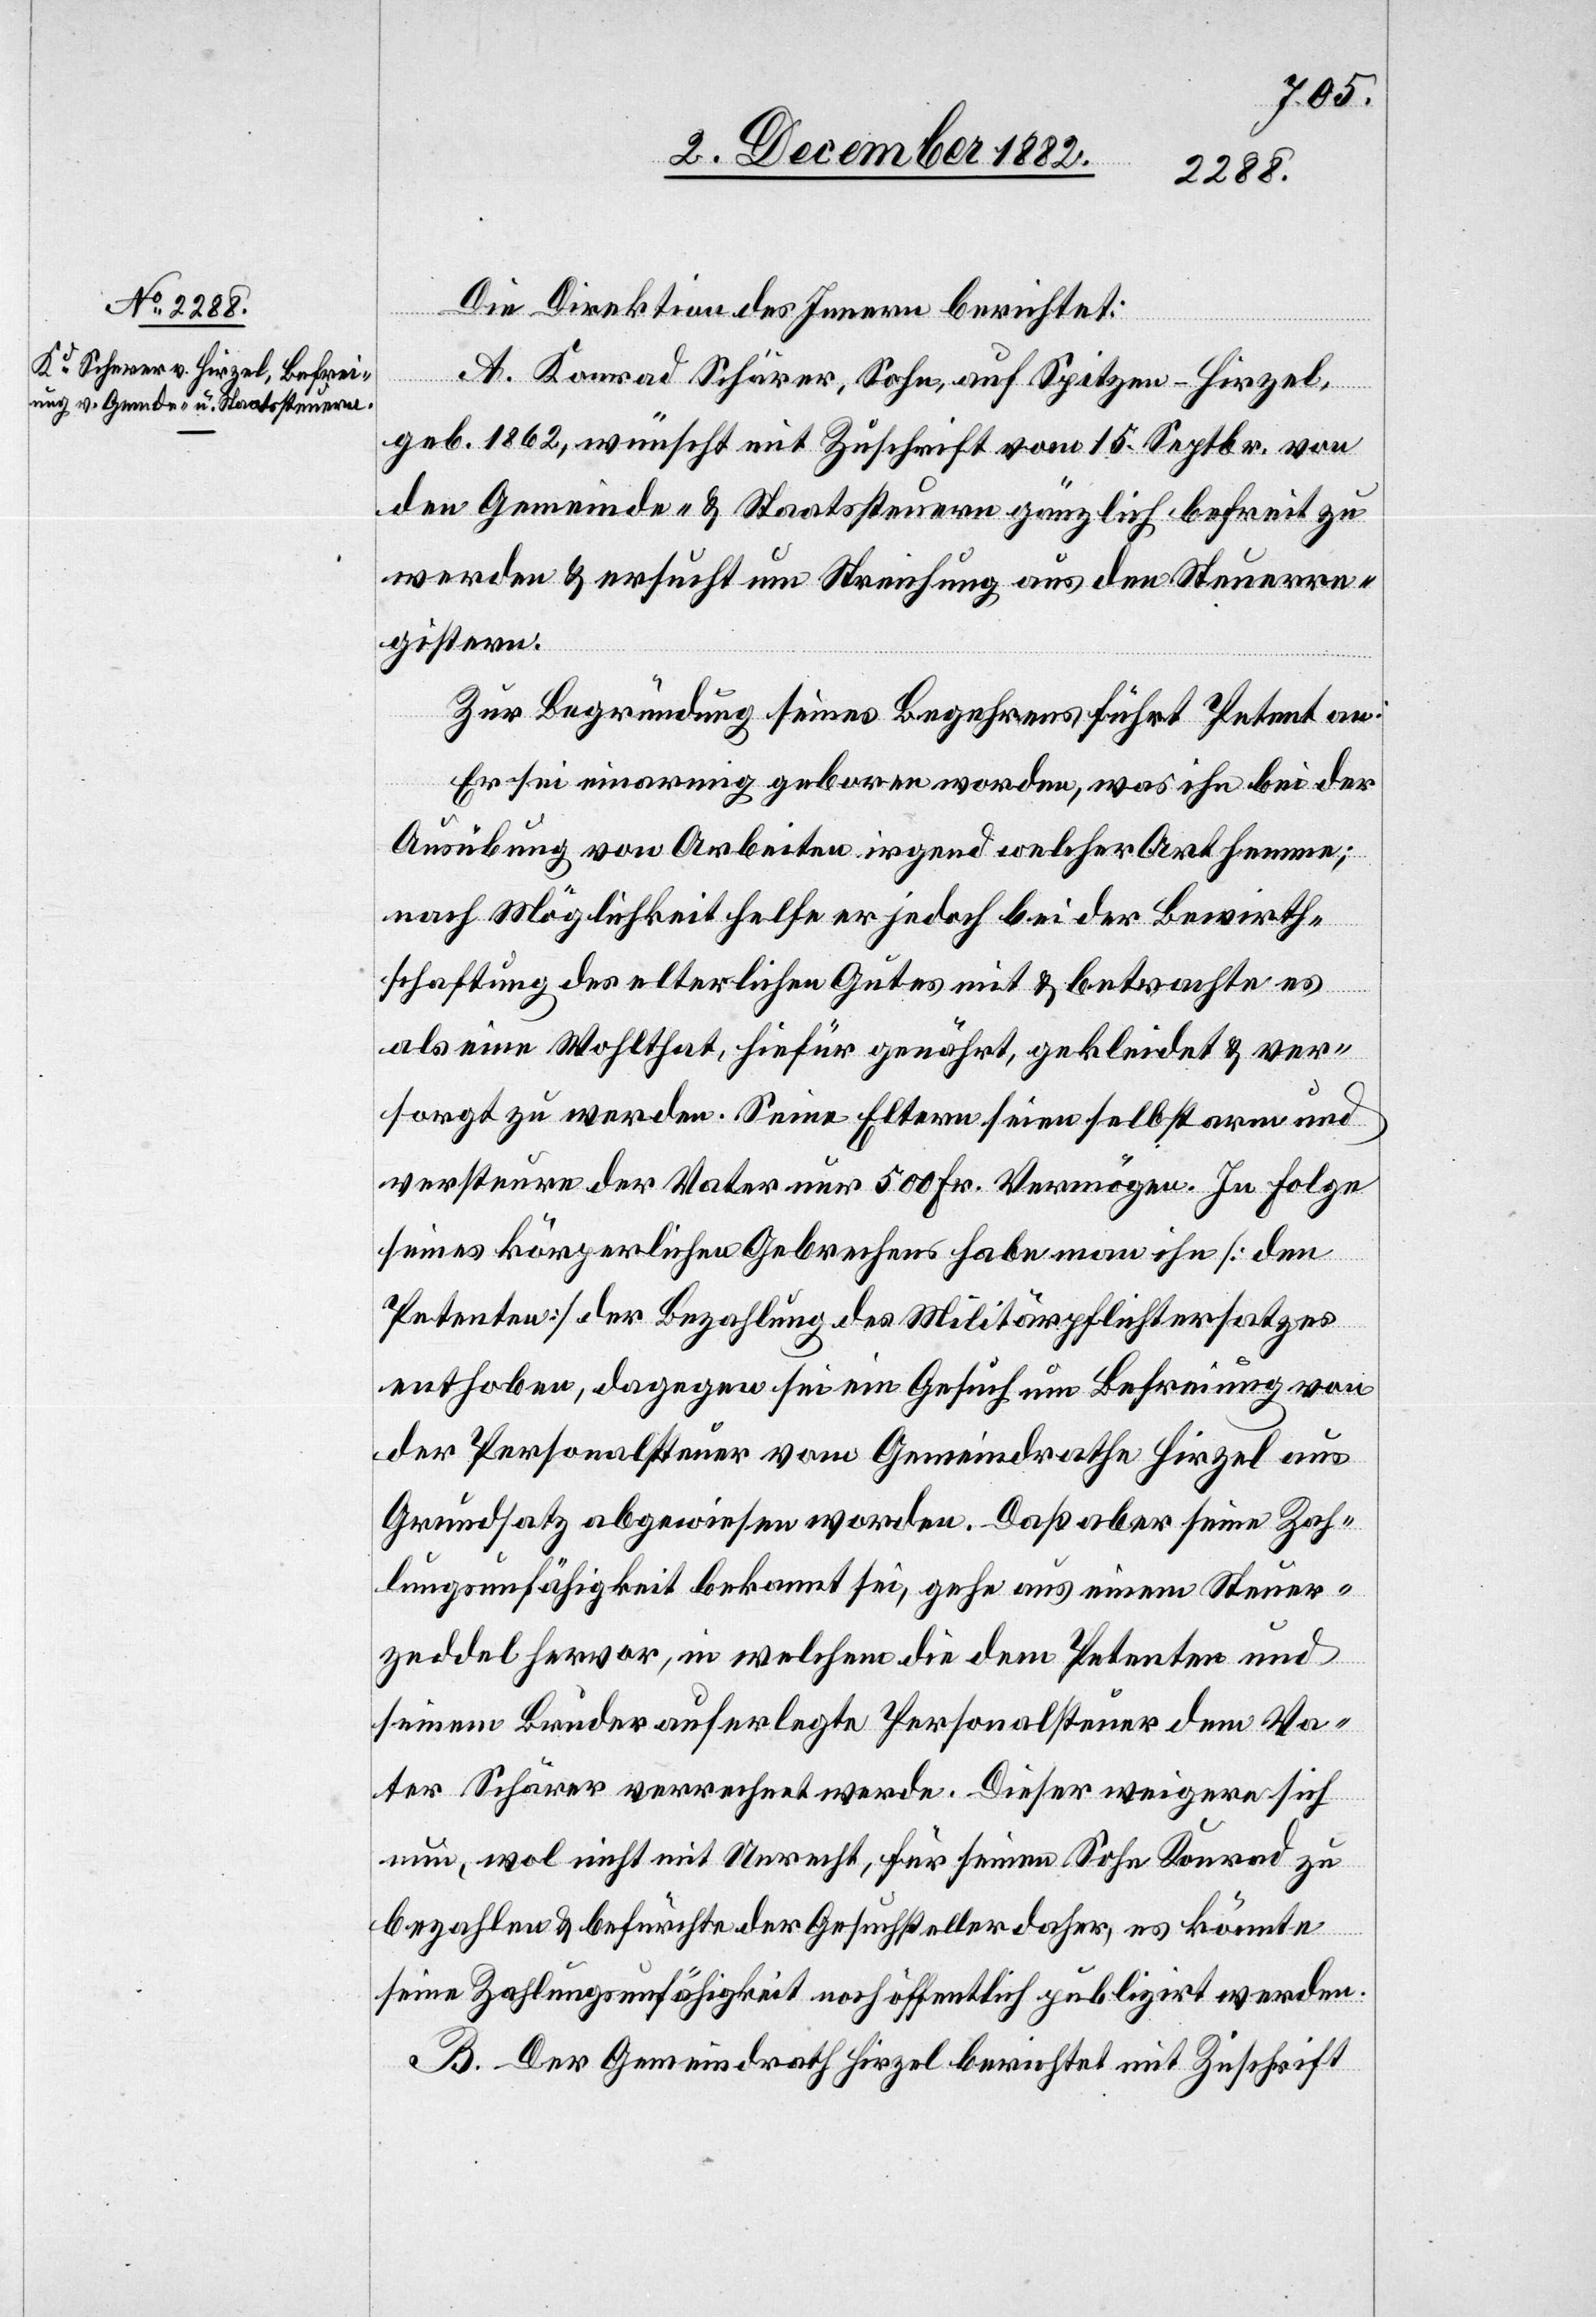
Die Direktion des Innern berichtet:
A. Konrad Schärer [sic!], Sohn, auf Spitzen - Hirzel,
geb. 1862, wünscht mit Zuschrift vom 15. Septbr. von
den Gemeinde- & Staatssteuern gänzlich befreit zu
werden & ersucht um Streichung aus den Steuerre¬
gistern.
Zur Begründung seines Begehrens führt Petent an:
Er sei einarmig geboren worden, was ihn bei der
Ausübung von Arbeiten irgend welcher Art hemme;
nach Möglichkeit helfe er jedoch bei der Bewirth¬
schaftung des elterlichen Gutes mit & betrachte es
als eine Wohlthat, hiefür genährt, gekleidet & ver¬
sorgt zu werden. Seine Eltern seien selbst arm und
versteuere der Vater nur 500 Fr. Vermögen. In Folge
seines körperlichen Gebrechens habe man ihn [den
Petenten] der Bezahlung des Militärpflichtersatzes
enthoben, dagegen sei ein Gesuch um Befreiung von
der Personalsteuer vom Gemeindrathe Hirzel aus
Grundsatz abgewiesen worden. Daß aber seine Zah¬
lungsunfähigkeit bekannt sei, gehe aus einem Steuer¬
zeddel hervor, in welchem die dem Petenten und
seinem Bruder auferlegte Personalsteuer dem Va¬
ter Schärer verrechnet werde. Dieser weigere sich
nun, wol nicht mit Unrecht, für seinen Sohn Konrad zu
bezahlen & befürchte der Gesuchsteller daher, es könnte
seine Zahlungsunfähigkeit noch öffentlich publizirt werden.
B. Der Gemeindrath Hirzel berichtet mit Zuschrift